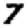
Digit: 7